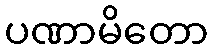
ပဏာမိတော